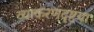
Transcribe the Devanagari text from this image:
व्याकरणदृष्टया